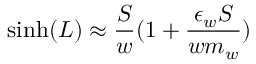
\sinh ( L ) \approx \frac { S } { w } ( 1 + \frac { \epsilon _ { w } S } { w m _ { w } } )